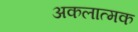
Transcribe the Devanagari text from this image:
अकलात्मक